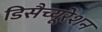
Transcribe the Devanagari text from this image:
डिसैच्यूरेशन